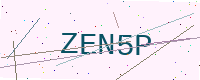
Text: ZEN5P